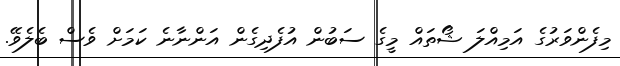
މިފެންވަރުގެ އަމިއްލަ ޝޯތައް މީގެ ސަބުން އުފެދިގެން އަންނާނެ ކަމަށް ވެސް ބެލެވޭ.